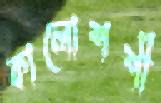
কালোশশী